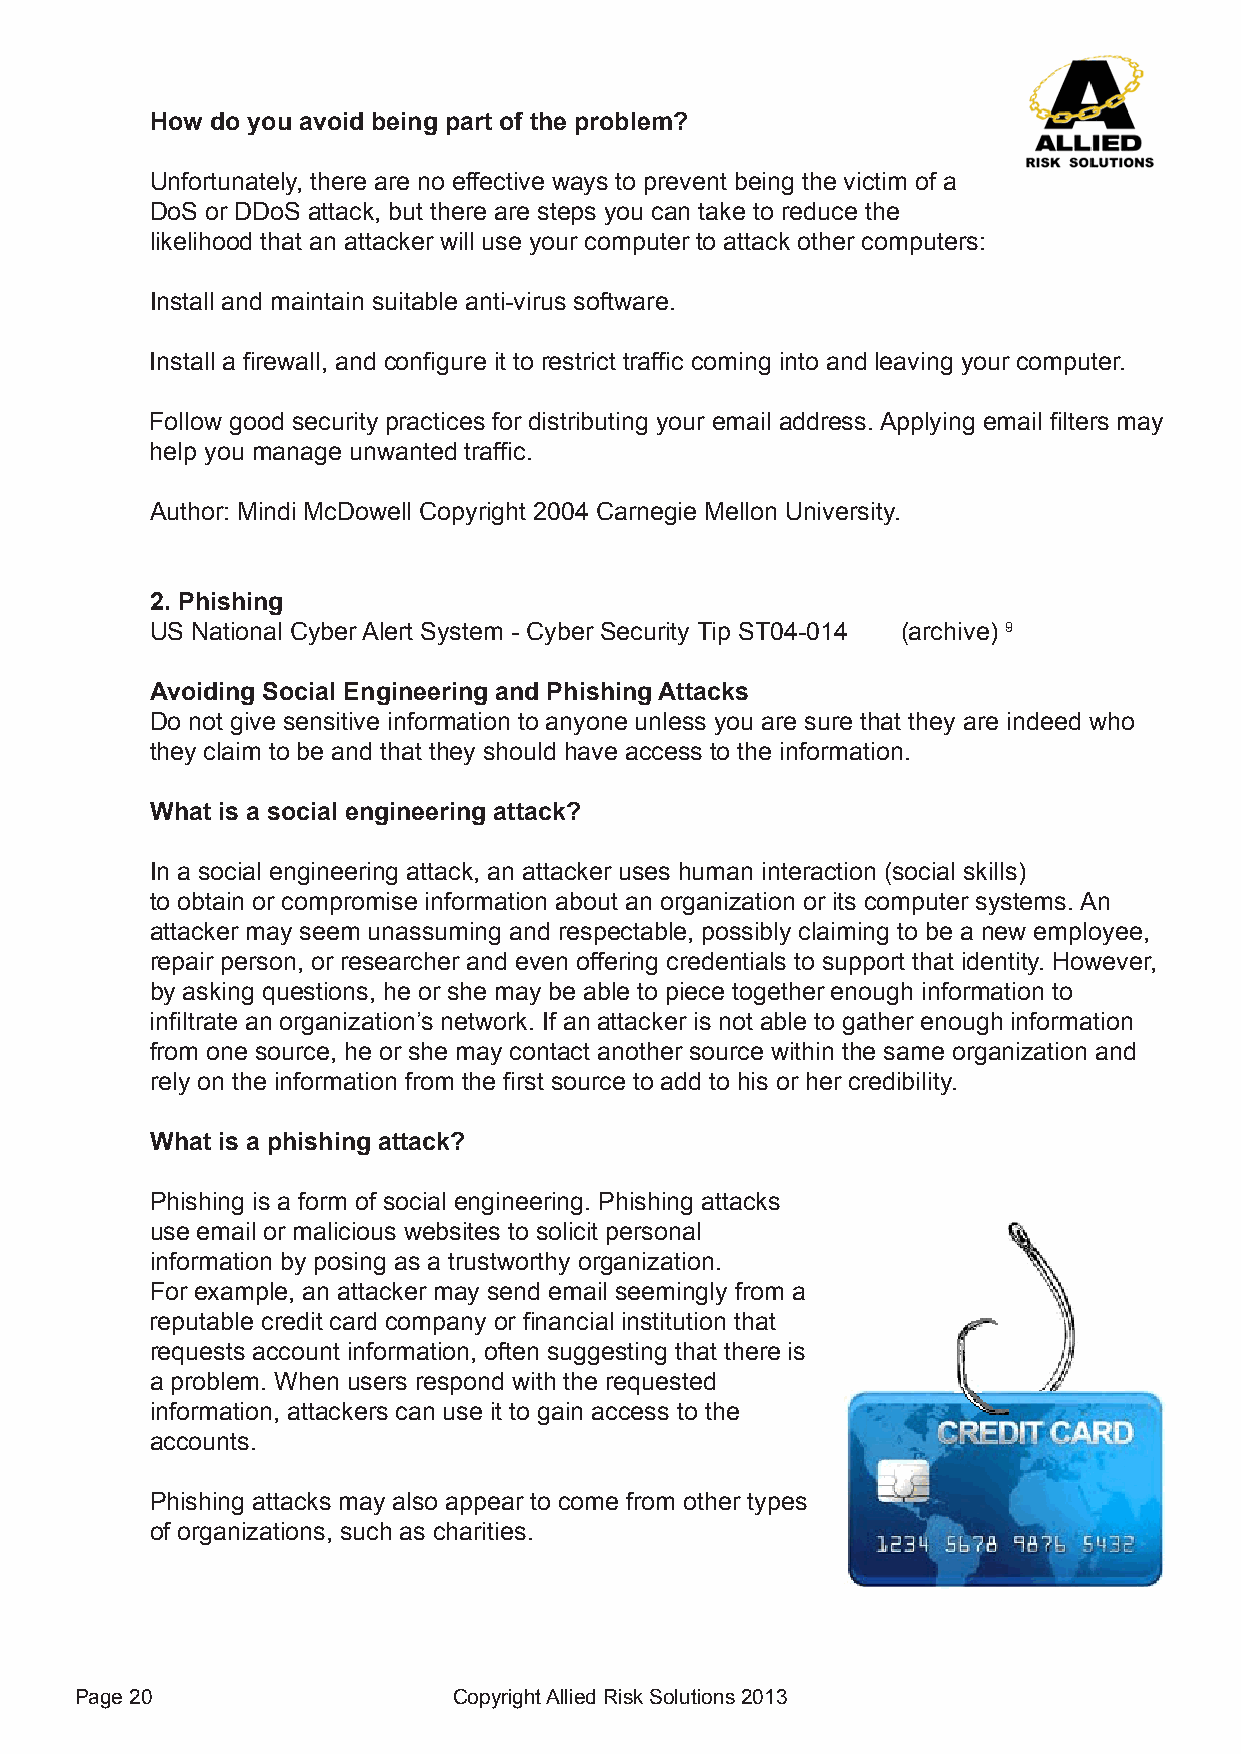
How do you avoid being part of the problem?
 Unfortunately, there are no effective ways to prevent being the victim of a
 DoS or DDoS attack, but there are steps you can take to reduce the
 likelihood that an attacker will use your computer to attack other computers:
 Install and maintain suitable anti-virus software.
 Install a firewall, and configure it to restrict traffic coming into and leaving your computer.
 Follow good security practices for distributing your email address. Applying email filters may
 help you manage unwanted traffic.
 Author: Mindi McDowell Copyright 2004 Carnegie Mellon University.
 2. Phishing
 US National Cyber Alert System - Cyber Security Tip ST04-014 (archive) 9
 Avoiding Social Engineering and Phishing Attacks
 Do not give sensitive information to anyone unless you are sure that they are indeed who
 they claim to be and that they should have access to the information.
 What is a social engineering attack?
 In a social engineering attack, an attacker uses human interaction (social skills)
 to obtain or compromise information about an organization or its computer systems. An
 attacker may seem unassuming and respectable, possibly claiming to be a new employee,
 repair person, or researcher and even offering credentials to support that identity. However,
 by asking questions, he or she may be able to piece together enough information to
 infiltrate an organization’s network. If an attacker is not able to gather enough information
 from one source, he or she may contact another source within the same organization and
 rely on the information from the first source to add to his or her credibility.
 What is a phishing attack?
 Phishing is a form of social engineering. Phishing attacks
 use email or malicious websites to solicit personal
 information by posing as a trustworthy organization.
 For example, an attacker may send email seemingly from a
 reputable credit card company or financial institution that
 requests account information, often suggesting that there is
 a problem. When users respond with the requested
 information, attackers can use it to gain access to the
 accounts.
 Phishing attacks may also appear to come from other types
 of organizations, such as charities.
 Page 20                  Copyright Allied Risk Solutions 2013